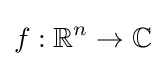
f:\mathbb {R} ^{n}\to \mathbb {C}